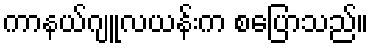
ကာနယ်ဂျူလယန်းက စပြောသည်။